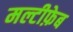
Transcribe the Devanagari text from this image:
मल्टीफ़ेब